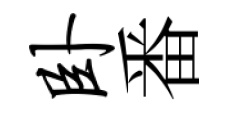
卧番